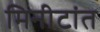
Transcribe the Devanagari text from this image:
मिनीटांत